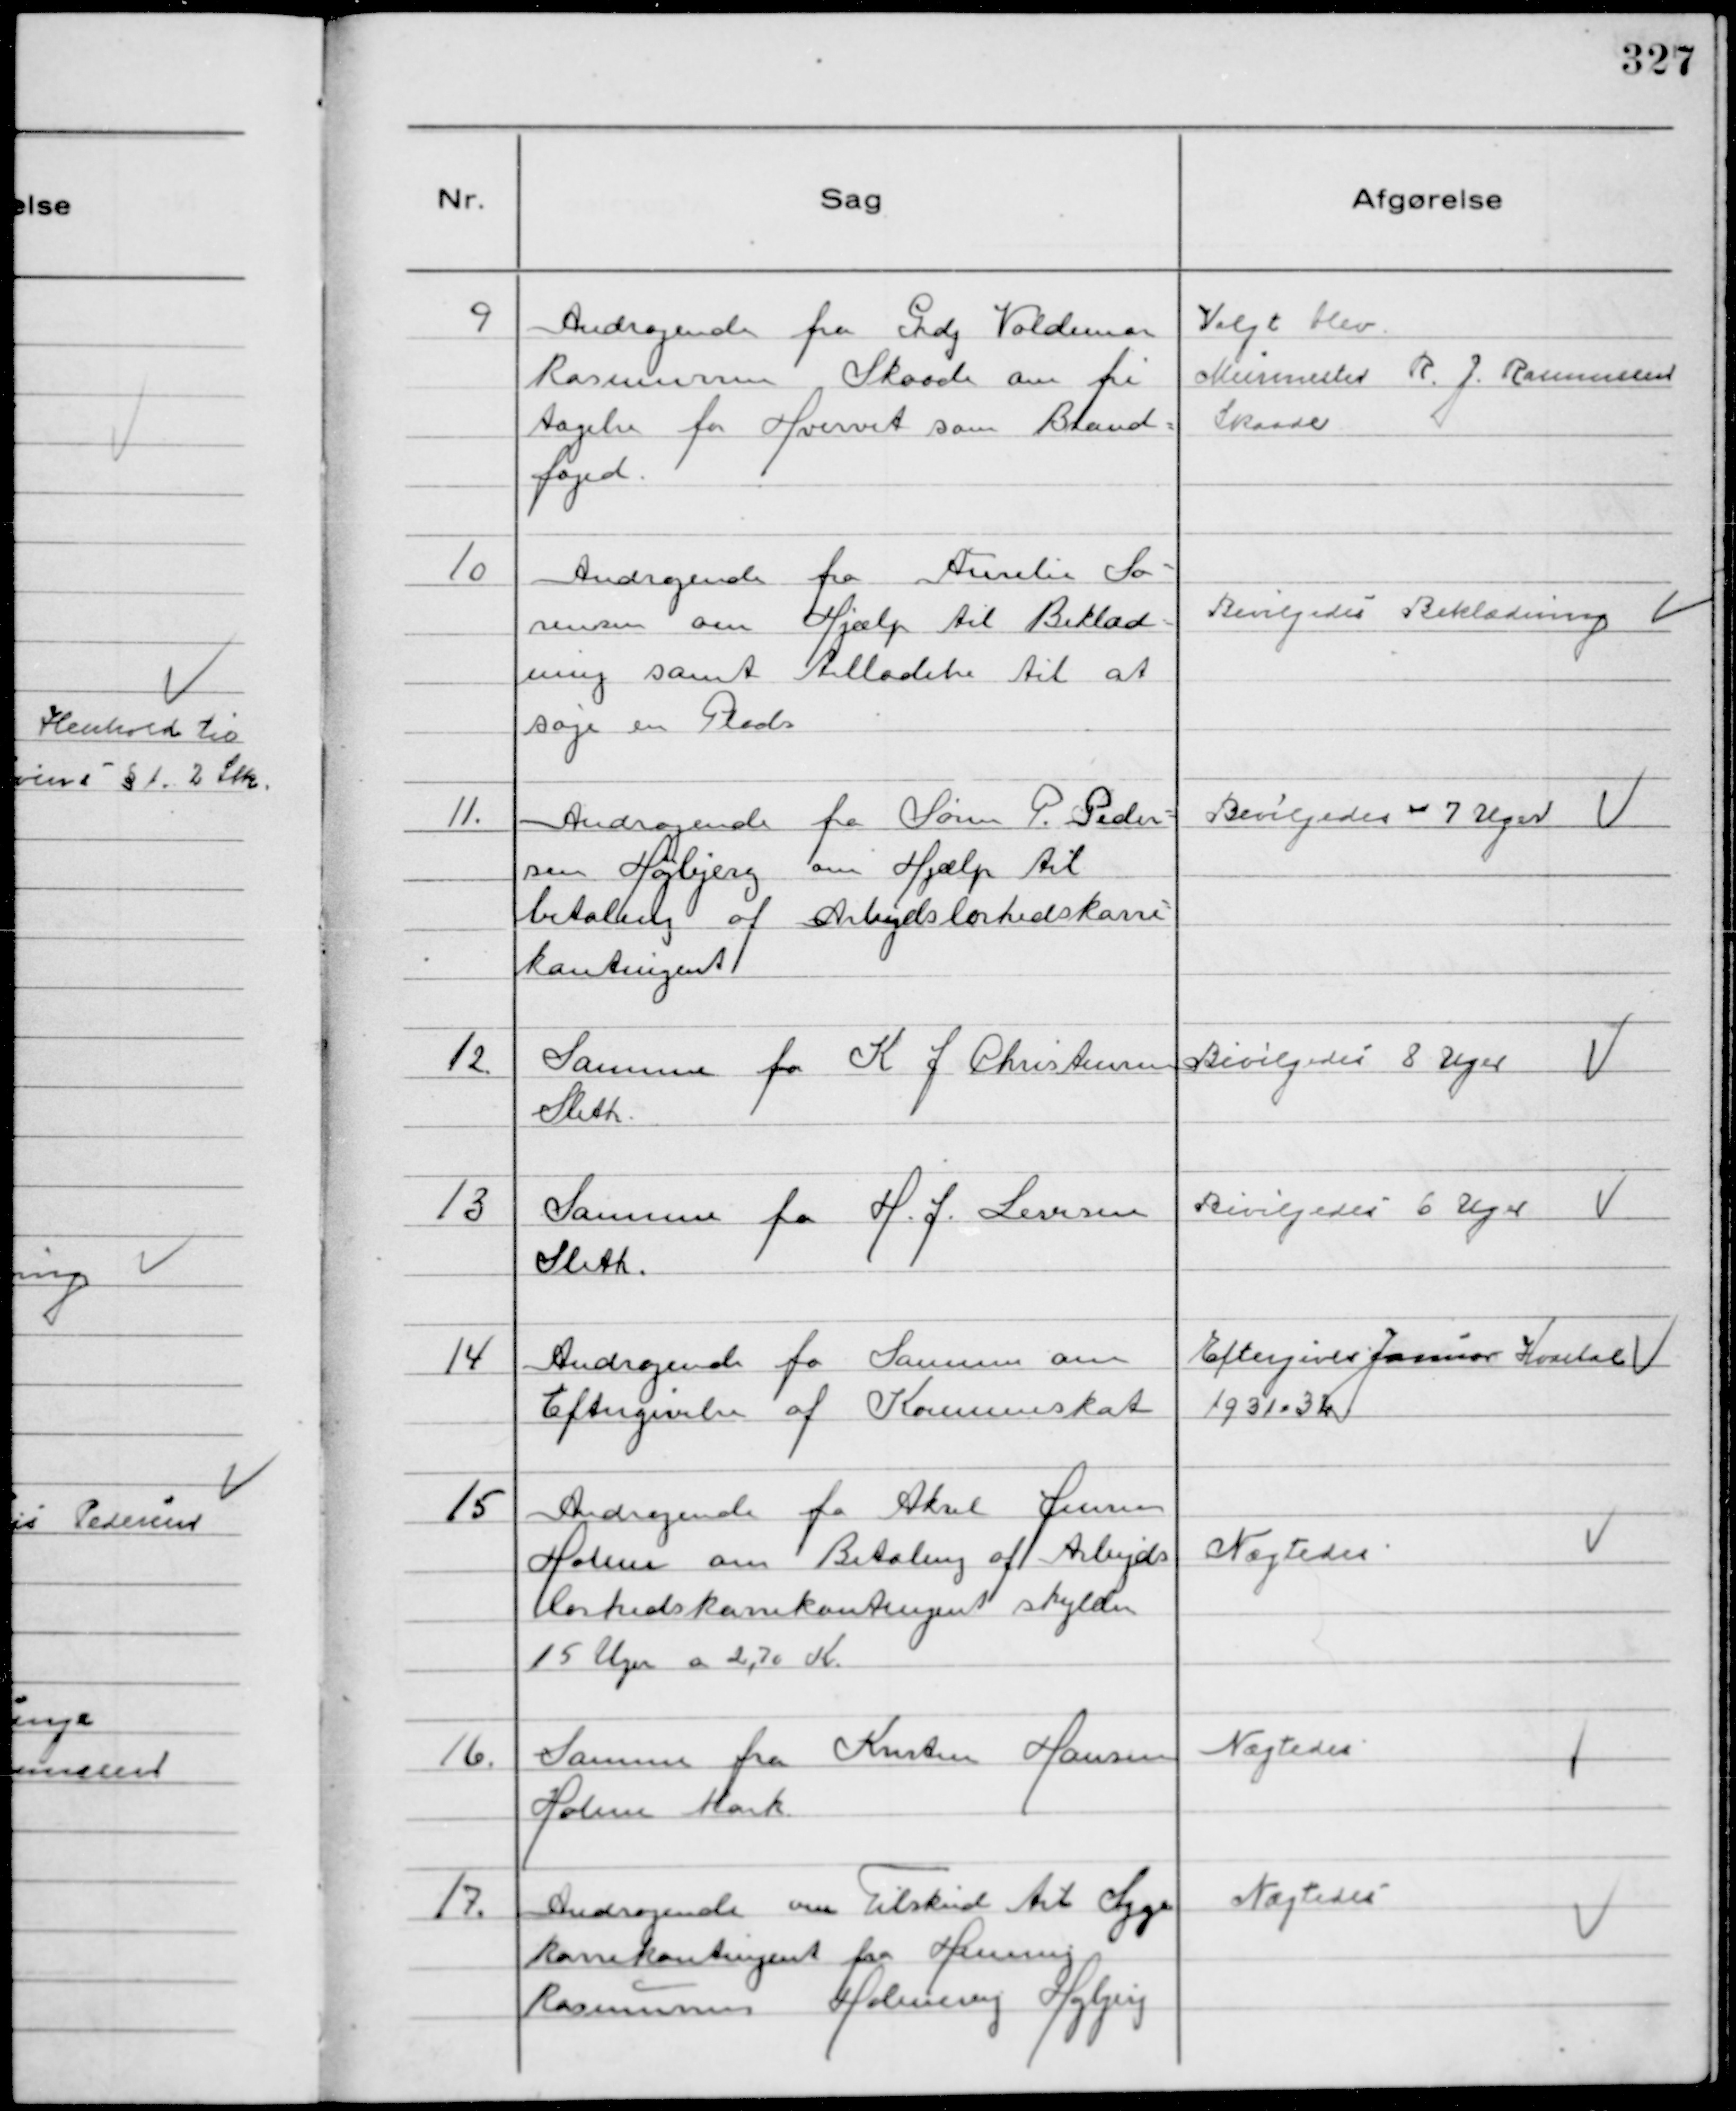
Transskription:
9
Andragende fra Grdj Valdemar
Rasmussen Skaade om fri
tagelse for Hvervet som Brand-
foged.

Valgt blev
Muremester R. J. Rasmussen
Skaade

10
Andragende fra Aurelie Sø-
rensen om Hjælp til Beklæd-
ning samt tilladelse til at
søge en Plads

Bevilgedes Beklædning

11.
Andragende fra Søren P. Peder-
sen Højbjerg om Hjælp til
betaling af Arbejdsløshedskasse-
kontingent

Bevilgedes - 7 Uger

12
Samme fra K J Christensen
Sleth.

Bevilgedes 8 Uger

13
Samme fra H. J. Levisen
Sleth.

Bevilgedes 6 Uger

14
Andragende fra Samme om
Eftergivelse af Kommuneskat

Eftergives Januar Kvartal
1931 - 32

15
Andragende fra Aksel Jensen
Holme om Betaling af Arbejds
løshedskassekontingent skylder
15 Uger a 2,70 K.

Nægtedes

16.
Samme fra Kristen Hansen
Holme Mark.

Nægtedes

17.
Andragende om Tilskud til Syge
kassekontingent fra Henning
Rasmussen Holmevej Højbjerg

Nægtedes